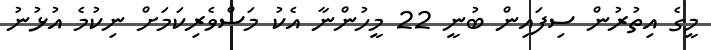
މީގެ އިތުރުން ސިފައިން ބުނީ 22 މީހުންނާ އެކު މަސްވެރިކަމަށް ނިކުމެ އުޅުނު